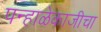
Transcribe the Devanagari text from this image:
पन्हाळेकाजीचा